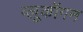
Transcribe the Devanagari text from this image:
ग्लूकॉगन